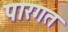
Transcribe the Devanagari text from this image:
पारगत